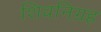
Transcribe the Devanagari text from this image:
शिवनिग्रह